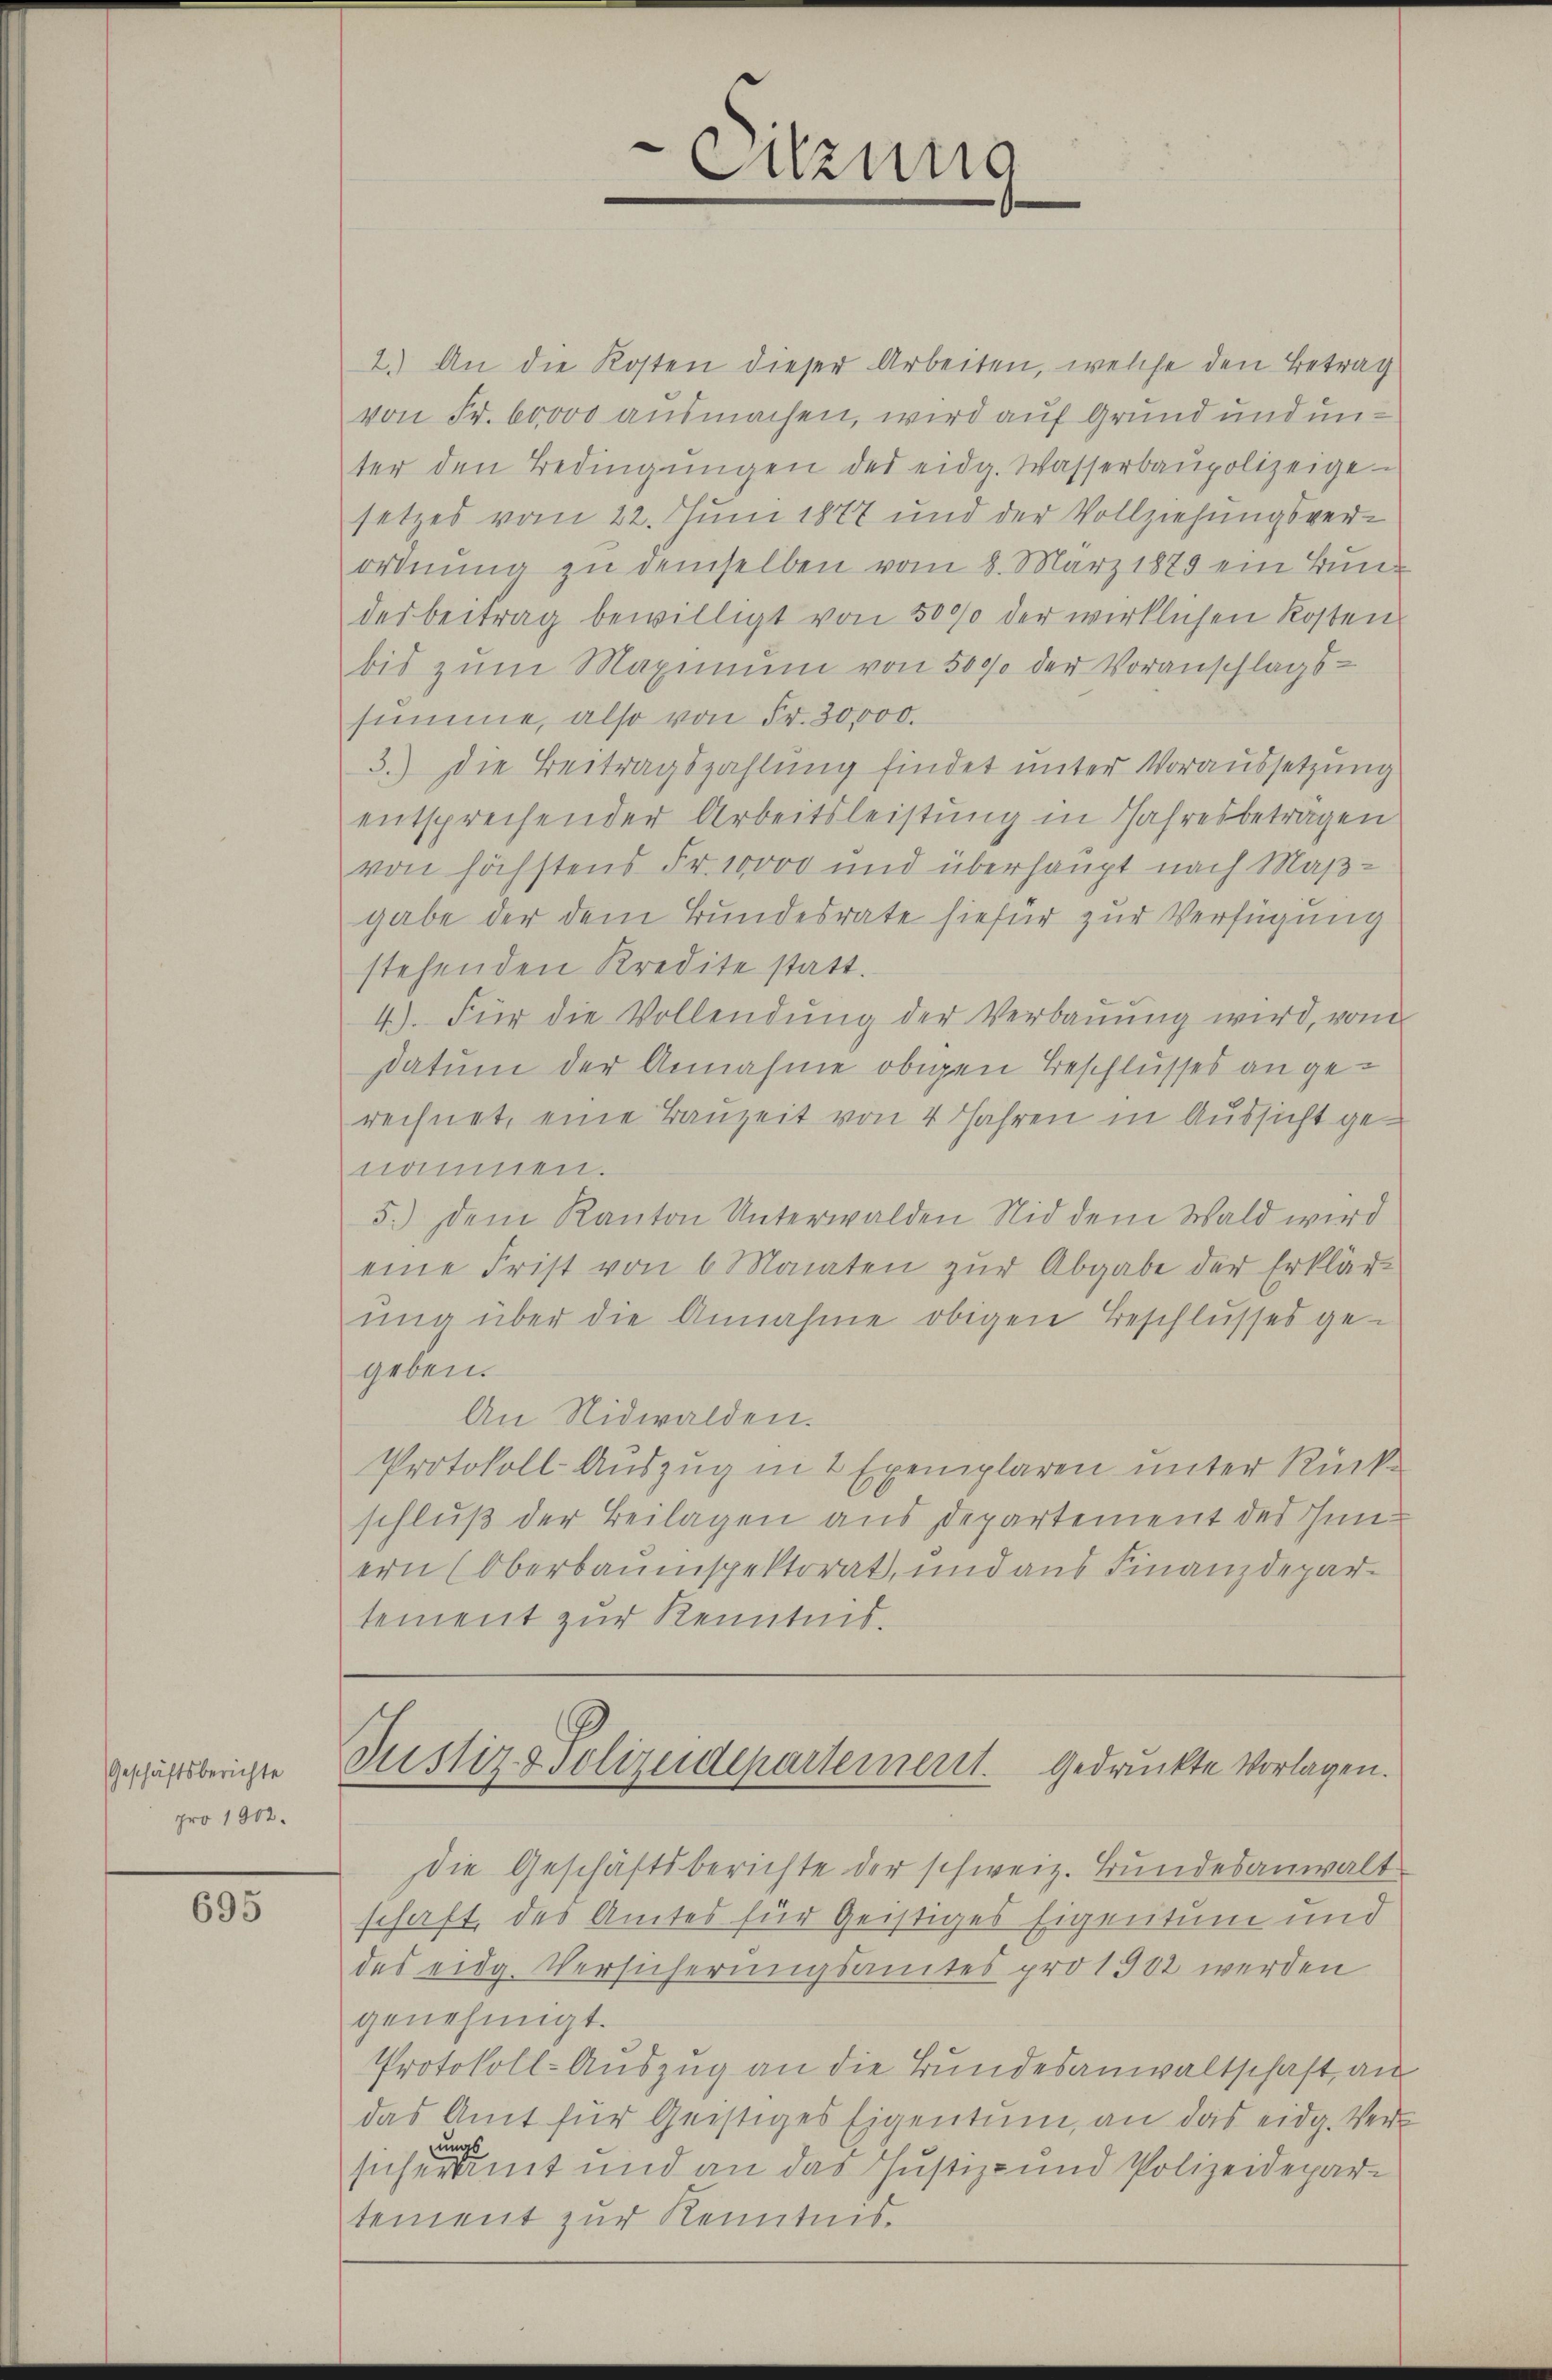
Geschäftsberichte
pro 1902.

695

2.) An die Kosten dieser Arbeiten, welche den Betrag
von Fr. 60000 ausmachen, wird auf Grund und unter den Bedingŭngen des eidg. Wasserbaupolizeige-
setzes vom 22. Juni 1877 und der Vollziehungsverordnung zu demselben vom 8. März 1889 ein Bund
desbeitrag bewilligt von 5000 der wirklichen Kosten
bis zŭm Maximum von 5000 der Voranschlags-
summe, also von Fr. 30000.
3.) Die Beitragszahlung findet unter Voraussetzung
entsprechender Arbeitsleistung in Jahresbetragen
von höchstens Fr. 10000 und überhaupt nach Maßgabe der dem Bundesrate hiefür zur Verfügung
stehenden Kredite statt.
4). Für die Vollendung der Verbauung wird, vom
Datum der Annahme obigen Beschlusses an gerechnet, eine Bauzeit von 4 Jahren in Aussicht genommen.
5.) Dem Kanton Unterwalden Nid dem Wald wird
eine Frist von 6 Monaten zŭr Abgabe der Erklär-
ŭng über die Annahme obigen Beschlusses ge-
geben.
An Nidwalden.
Protokoll-Auszug in 2 Exemplaren unter Rückschluß der Beilagen aus Departement des Innern (Oberbauinspektorat, und aus Finanzdepartement zur Kenntnis.
Justiz & Polizeidepartement. Gedrückte Vorlagen.
die Geschäftsberichte der schweiz. Bundesanwalt
schaft, des Amtes für Geistiges Eigentum und
des eidg. Versicherungsamtes pro 1902 werden
genehmigt.
Protokoll-Auszug an die Bundesanwaltschaft an
das Amt für Geistiges Eigentum, an das eidg. Ver-
ungs
sich eramt und an das Justiz- und Polizeidepartement zur Kenntnis.

e
Sitzung